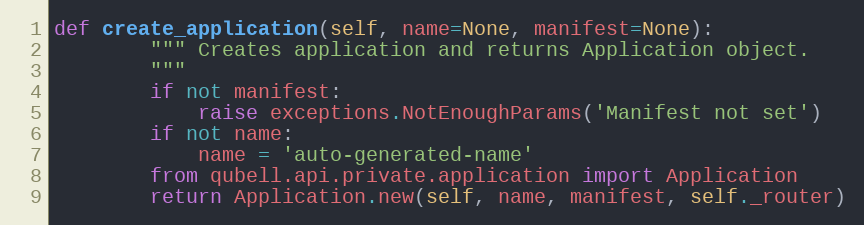
Language: Python
def create_application(self, name=None, manifest=None):
        """ Creates application and returns Application object.
        """
        if not manifest:
            raise exceptions.NotEnoughParams('Manifest not set')
        if not name:
            name = 'auto-generated-name'
        from qubell.api.private.application import Application
        return Application.new(self, name, manifest, self._router)